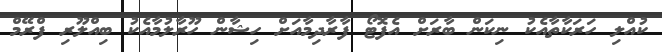
ކުއްލި ހަރަކާތާއެކު ނިކަން ބާރަށް އެފޮޓޯ ފާރާދިމާއަށް ހިޝާން ހޫރާލުމާއެކު ބިއްލޫރި ފްރޭމް